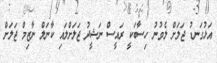
އަޅުގަނޑު ޖަލަށް ލެވުނު ހިސާބަކީ ރައީސް ނަޝީދު ޖަލަށްލައި ކާނަލް ނާޒިމް ޖަލަށް